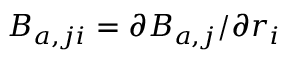
B _ { a , j i } = \partial { B _ { a , j } } / \partial { r _ { i } }